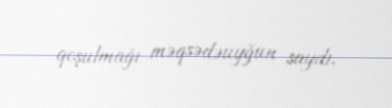
qoşulmağı məqsədəuyğun saydı.